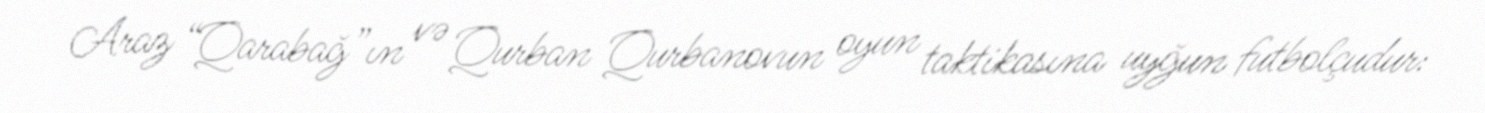
Araz “Qarabağ”ın və Qurban Qurbanovun oyun taktikasına uyğun futbolçudur: